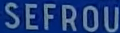
SEFROU